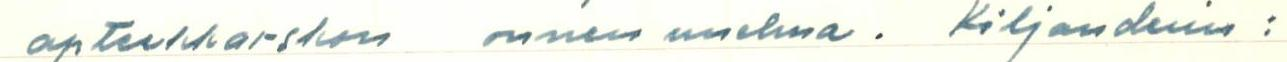
apteekkarskon onnen unelma. Kiljanderin